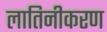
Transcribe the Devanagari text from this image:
लातिनीकरण